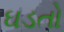
ઘડતો